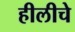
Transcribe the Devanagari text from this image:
हीलीचे